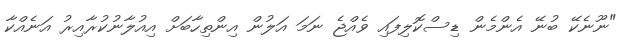
"ނޫނެކޭ ބުނޭ އެންމެން ޑިސްކޮލިފައި ވެއްޖެ ނަމަ އަލުން އިންތިހާބަށް އިއުލާނުކުރާއިރު އަނެއްކާ